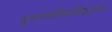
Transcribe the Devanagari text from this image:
पुराजीवविज्ञान